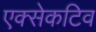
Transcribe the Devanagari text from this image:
एक्सेकटिव